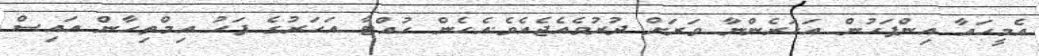
އެމީހައާ އިންފަހުން އަހަރެންނާ ވަރަށް ދުރުވެއެޖެއެވެ.އެހެން ހުއްޓާ އަހަރުގެ ފަހު އިމްތިހާން އައިސް